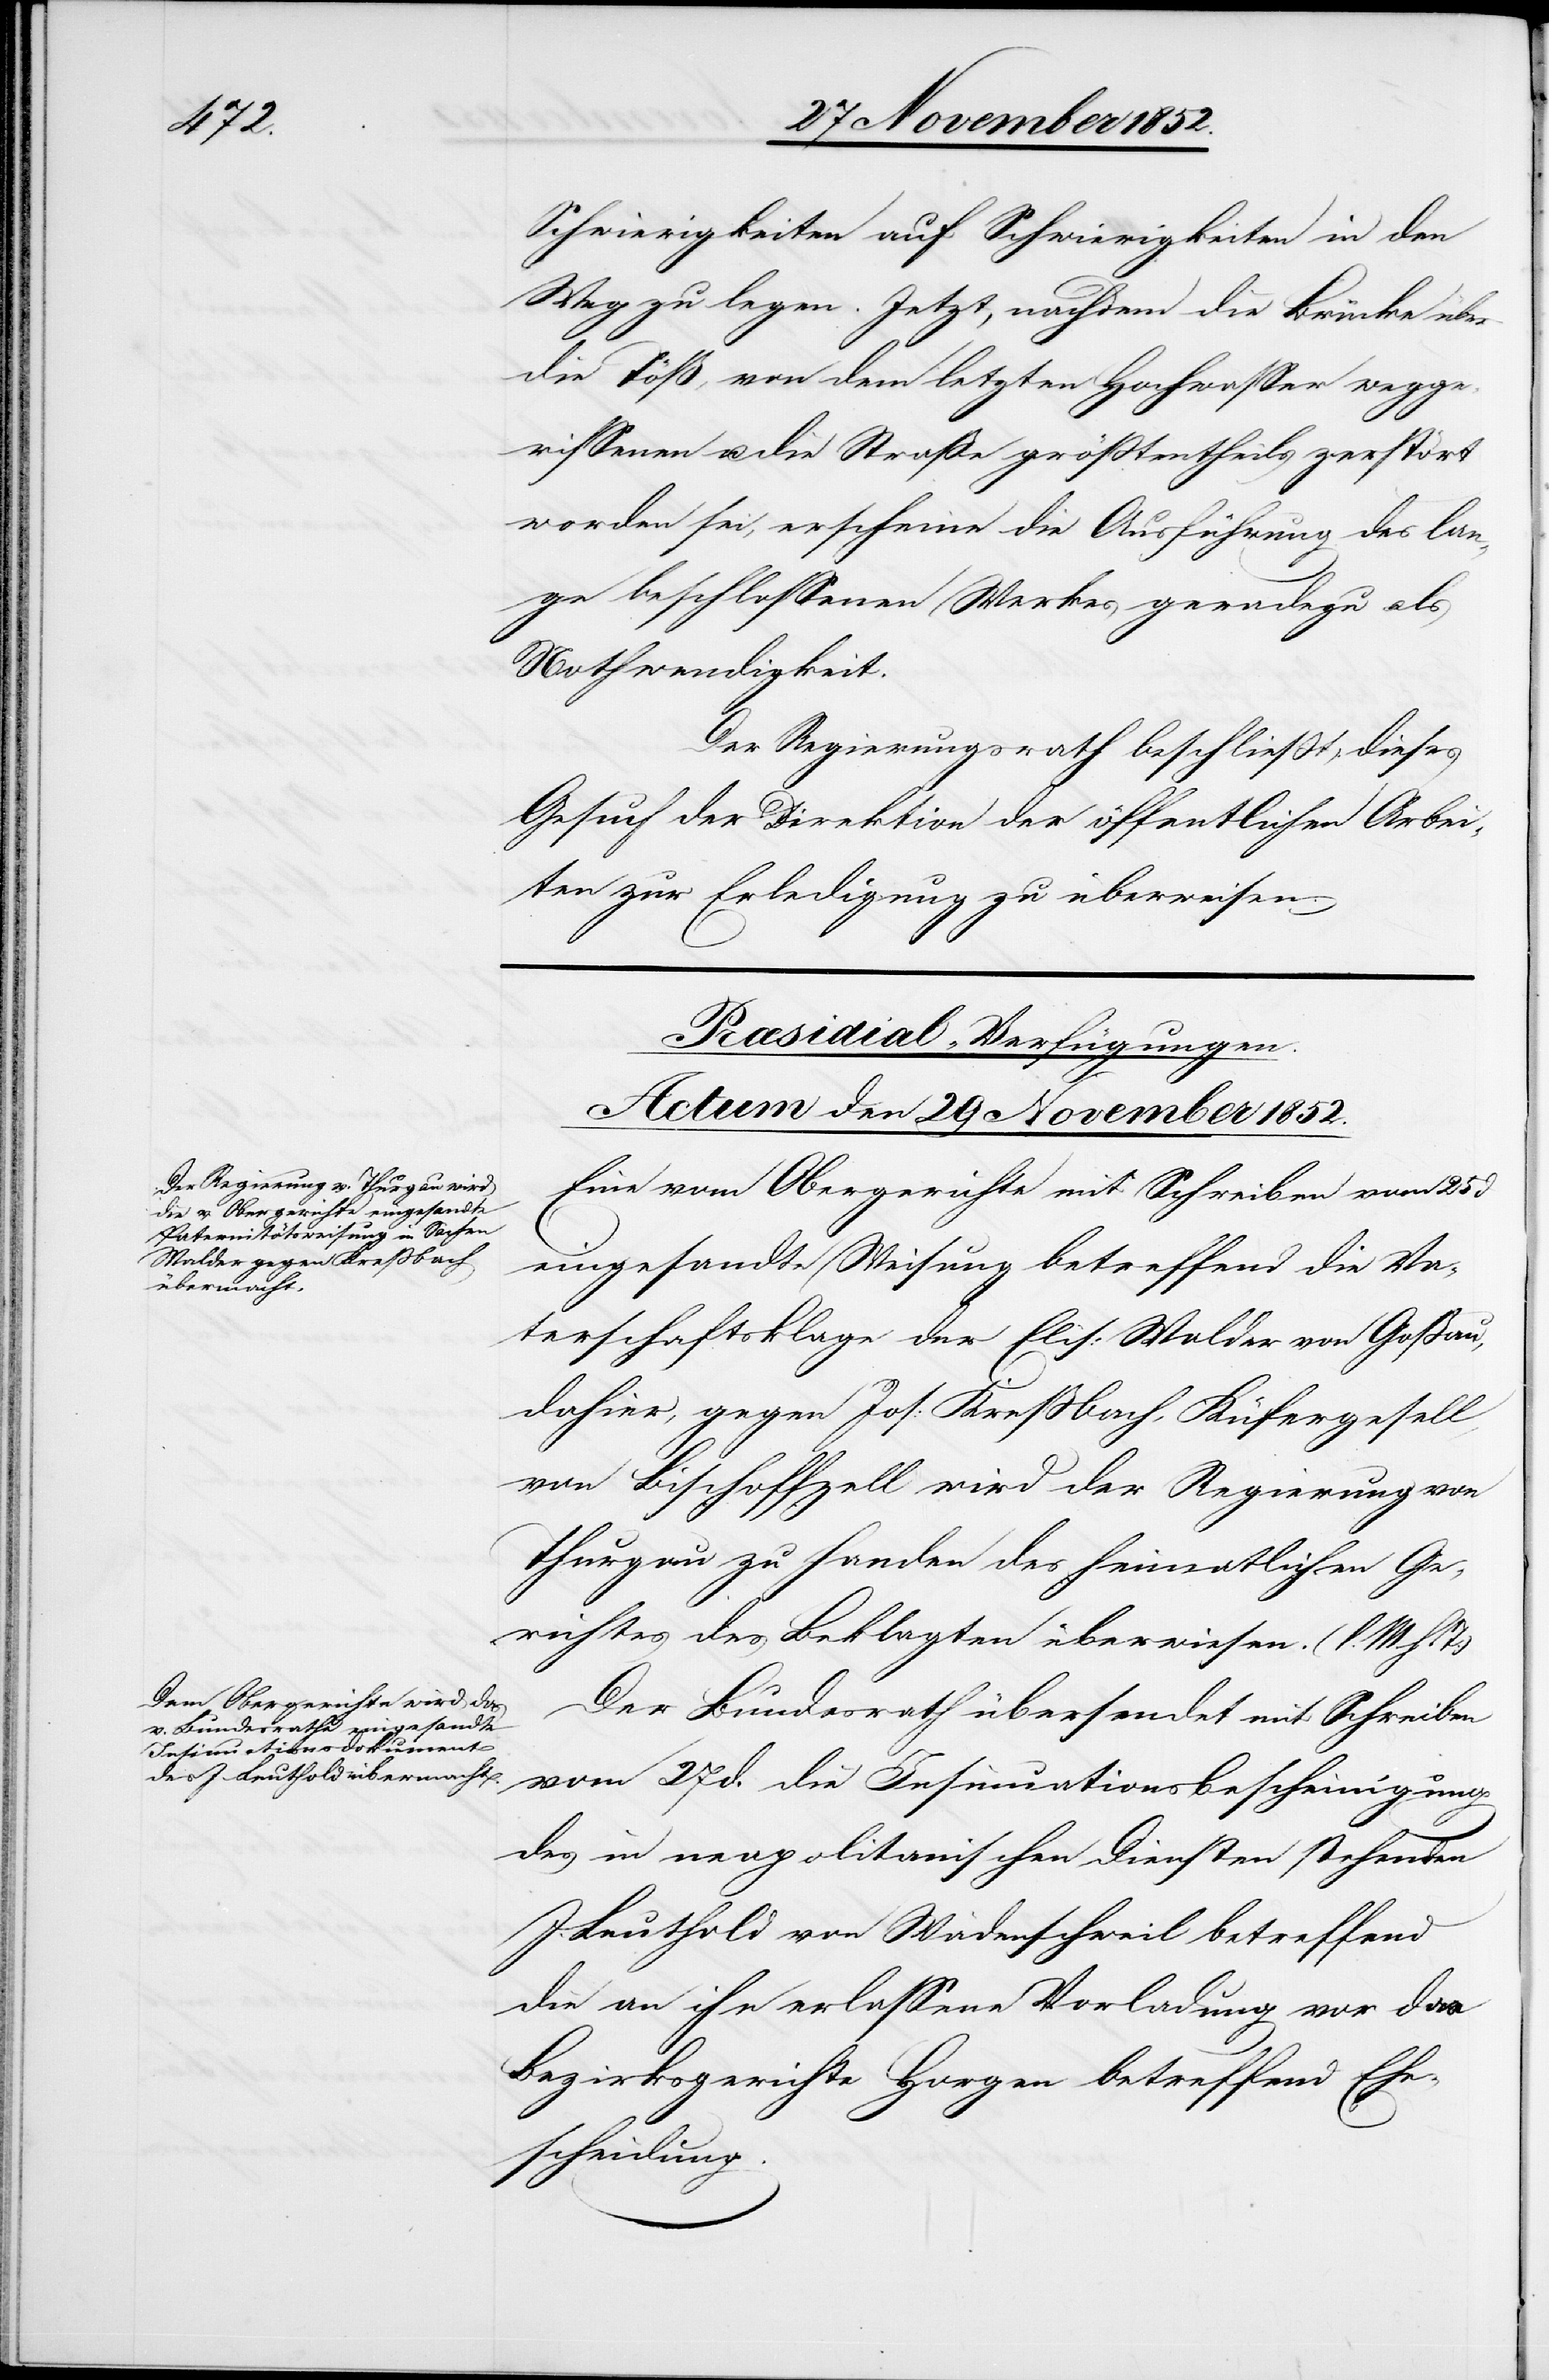
Schwierigkeiten auf Schwierigkeiten in den
Weg zu legen. Jetzt, nachdem die Brücke über
die Töß, von dem letzten Hochwasser wegge¬
rissenen [sic!] u. die Straße größtentheils zerstört
worden sei, erscheine die Ausführung des lan¬
ge beschlossenen Werkes geradezu als
Nothwendigkeit.
Der Regierungsrath beschließt, dieses
Gesuch der Direktion der öffentlichen Arbei¬
ten zur Erledigung zu überweisen.
[Præsidial-Verfügungen.
Actum den 29 November 1852.]
Eine vom Obergerichte mit Schreiben vom 25 d
eingesandte Weisung betreffend die Va¬
terschaftsklage der Elis: Walder von Goßau,
dahier, gegen Jos: Kreßbach, Küfergesell,
von Bischoffzell wird der Regierung von
Thurgau zu Handen des heimatlichen Ge¬
richtes des Beklagten überwiesen. (l. M. h.
Der Bundesrath übersendet mit Schreiben
vom 27 d. die Insinuationsbescheinigung
des in neapolitanischen Diensten stehenden
J. Leuthold von Wädenschweil betreffend
die an ihn erlassene Vorladung vor das
Bezirksgerichte Horgen betreffend Ehe¬
scheidung.